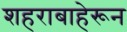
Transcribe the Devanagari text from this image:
शहराबाहेरून